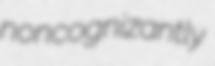
noncognizantly